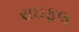
રાઇફલ